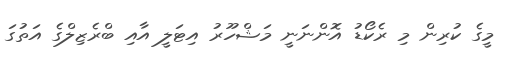
މީގެ ކުރިން މި ރެކޯޑު އޮންނަނީ މަޝްހޫރު އިޓަލީ އާއި ބްރެޒިލްގެ އަތުގަ